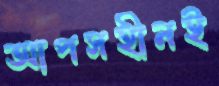
আপসহীনই